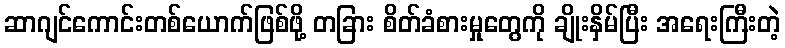
ဆာဂျင်ကောင်းတစ်ယောက်ဖြစ်ဖို့ တခြား စိတ်ခံစားမှုတွေကို ချိုးနှိမ်ပြီး အရေးကြီးတဲ့